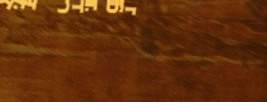
توصيل طلبات الطعام إلى جم